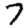
Digit: 7